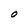
Character: O